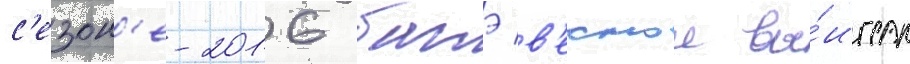
с'езон'е-2016 батэ в'еснои вы́играл